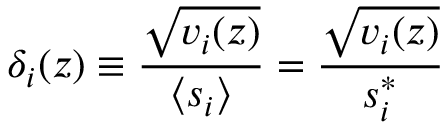
\delta _ { i } ( z ) \equiv \frac { \sqrt { v _ { i } ( z ) } } { \langle s _ { i } \rangle } = \frac { \sqrt { v _ { i } ( z ) } } { s _ { i } ^ { * } }